Indian journal of veterinary science and animal husbandry - Volume 4,
Year: 1934
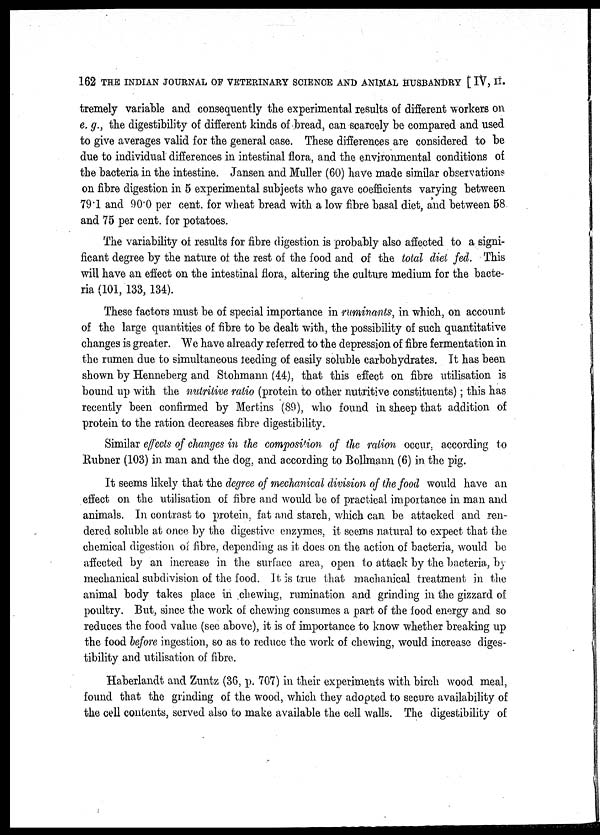
162 THE INDIAN JOURNAL OF VETERINARY SCIENCE AND ANIMAL HUSBANDRY [ IV, II.
tremely variable and consequently the experimental results of different workers on
e. g., the digestibility of different kinds of bread, can scarcely be compared and used
to give averages valid for the general case. These differences are considered to be
due to individual differences in intestinal flora, and the environmental conditions of
the bacteria in the intestine. Jansen and Muller (60) have made similar observations
on fibre digestion in 5 experimental subjects who gave coefficients varying between
79.1 and 90.0 per cent. for wheat bread with a low fibre basal diet, and between 58
and 75 per cent. for potatoes.
The variability of results for fibre digestion is probably also affected to a signi-
ficant degree by the nature of the rest of the food and of the total diet fed. This
will have an effect on the intestinal flora, altering the culture medium for the bacte-
ria (101, 133, 134).
These factors must be of special importance in ruminants, in which, on account
of the large quantities of fibre to be dealt with, the possibility of such quantitative
changes is greater. We have already referred to the depression of fibre fermentation in
the rumen due to simultaneous feeding of easily soluble carbohydrates. It has been
shown by Henneberg and Stohmann (44), that this effect on fibre utilisation is
bound up with the nutritive ratio (protein to other nutritive constituents); this has
recently been confirmed by Mertins (89), who found in sheep that addition of
protein to the ration decreases fibre digestibility.
Similar effects of changes in the composition of the ration occur, according to
Rubner (103) in man and the dog, and according to Bollmann (6) in the pig.
It seems likely that the degree of mechanical division of the food would have an
effect on the utilisation of fibre and would be of practical importance in man and
animals. In contrast to protein, fat and starch, which can be attacked and ren-
dered soluble at once by the digestive enzymes, it seems natural to expect that the
chemical digestion of fibre, depending as it does on the action of bacteria, would be
affected by an increase in the surface area, open to attack by the bacteria, by
mechanical subdivision of the food. It is true that machanical treatment in the
animal body takes place in chewing, rumination and grinding in the gizzard of
poultry. But, since the work of chewing consumes a part of the food energy and so
reduces the food value (see above), it is of importance to know whether breaking up
the food before ingestion, so as to reduce the work of chewing, would increase diges-
tibility and utilisation of fibre.
Haberlandt and Zuntz (36, p. 707) in their experiments with birch wood meal,
found that the grinding of the wood, which they adopted to secure availability of
the cell contents, served also to make available the cell walls. The digestibility of